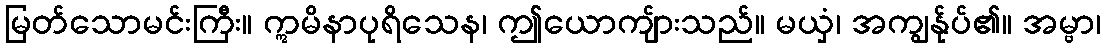
မြတ်သောမင်းကြီး။ ဣမိနာပုရိသေန၊ ဤယောကျ်ားသည်။ မယှံ၊ အကျွန်ုပ်၏။ အမ္ဗာ၊